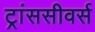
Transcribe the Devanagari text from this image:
ट्रांससीवर्स